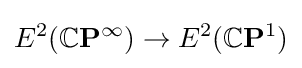
E^{2}(\mathbb {C} \mathbf {P} ^{\infty })\to E^{2}(\mathbb {C} \mathbf {P} ^{1})